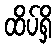
ထိပ်ရှိ